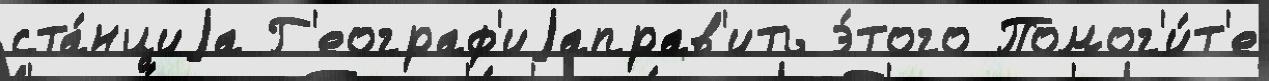
ста́нциjа Г'еограф'иjаправ'ить э́того Помог'и́т'е